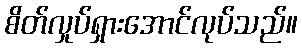
စိတ်လှုပ်ရှားအောင်လုပ်သည်။